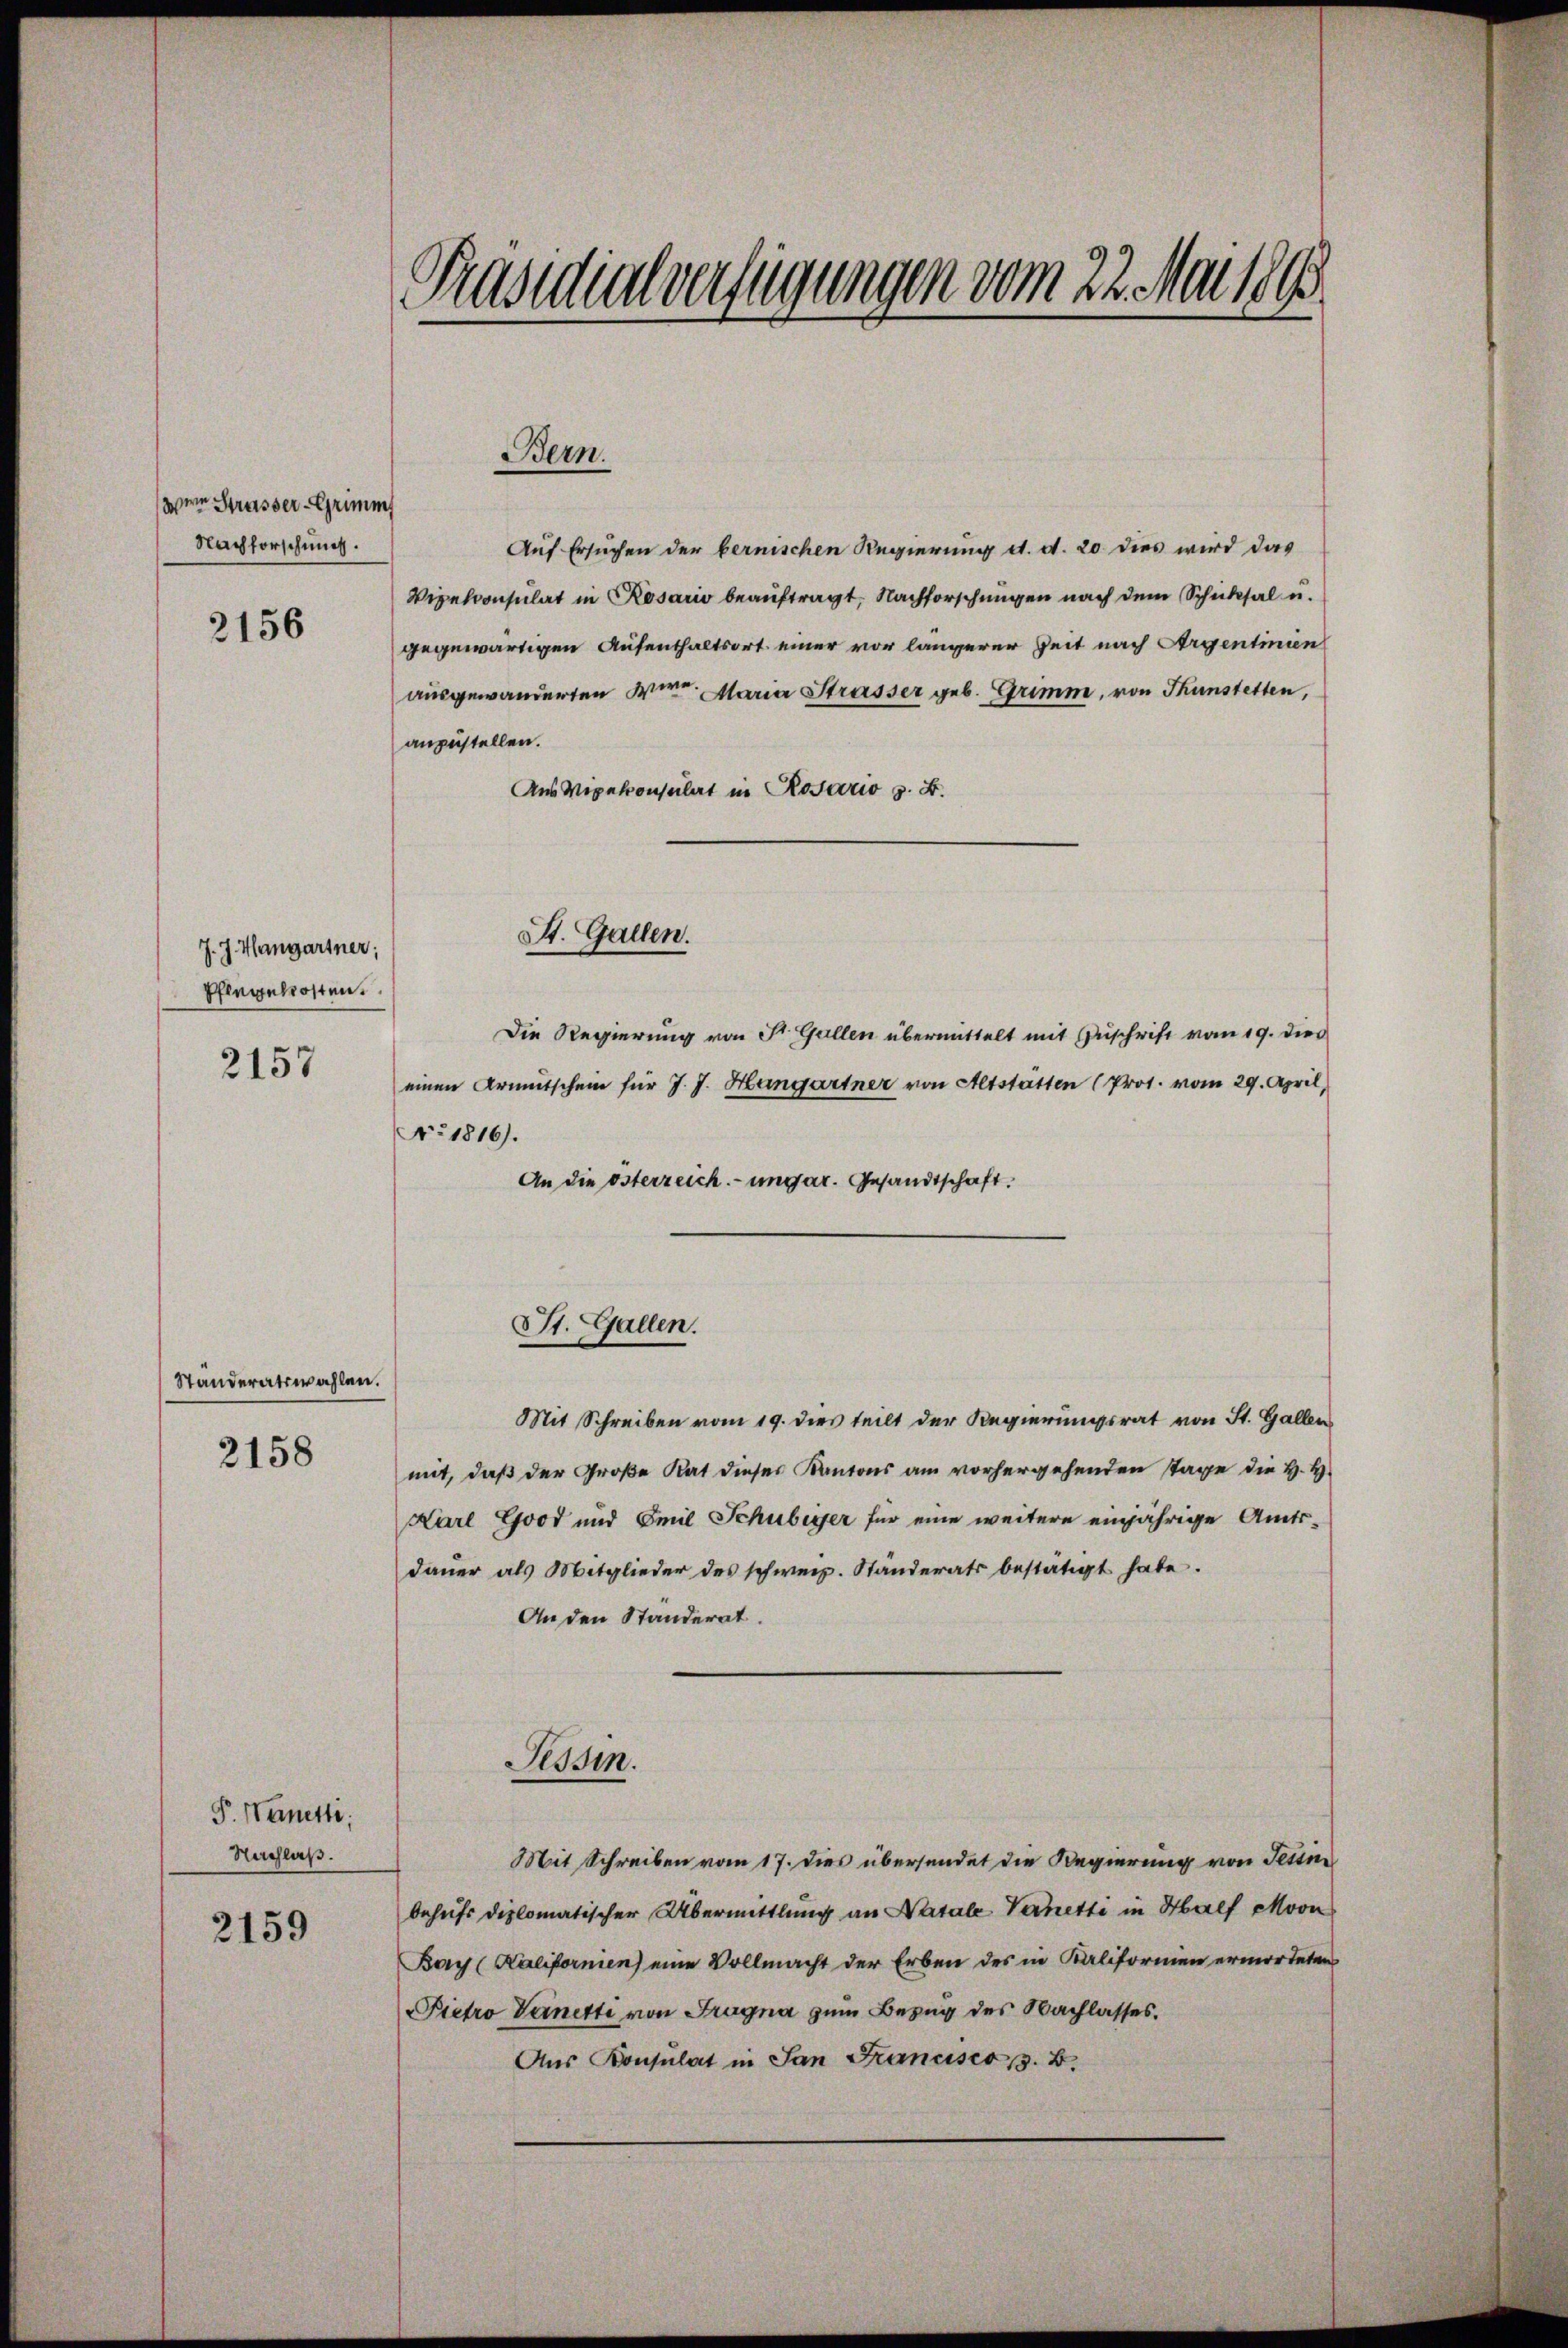
(den Strasser Grimms
Nachforschung.

2156

J. J. Hangartner;
Pflegekosten.

2157

Ständeratswahlen.

2158

F. Nanetti,
Nachlaß.
2159

Präsidialverfügungen vom 22. Mai 1890.

Auf Ersuchen der bernischen Regierung d. d. 20 dies wird das
Vipelconsulat in Rosario beauftragt, Nachforschungen nach dem Schicksal u.
gegewärtigen Aufenthaltsort einer vor längerer Zeit nach Argentinien
ausgewanderten Wien. Maria Strasser geb. Grimm, von Thunstetten,
anzustellen.
Aus Nipekonsulat in Rosario z. B.
St. Gallen.
Die Regierung von St. Gallen übermittelt mit Zuschrift vom 19. dies
einen Armutschein für J. J. Hangartner von Altstatten (Prot. vom 29. April,
No. 1816).
An die österzeich.-ungar. Gesandtschaft.

Bern.

St. Gallen.

Mit Schreiben vom 19. dies teilt der Regierungsrat von St. Gallen
mit, daß der Große Rat dieses Kantons am vorhergehenden Tage die H. H.
Karl Good und Emil Schubiger für eine weitere einjährige Amtsdauer als Mitglieder des schweiz. Standerats bestätigt habe.
An den Standerat.
Tessin.
Mit Schreiben vom 17. dies übersendet die Regierung von Tessin
behufs diplomatischer Übermittlung an Natale Vernetti in Half Moon
Bay (Kalifornien) eine Vollmacht der Erben des in Kaliformen ermorteten
Pietro Deinetti von Fragna zum Bezug des Nachlasses.
Aus Konsulat in San Francisco z. B.